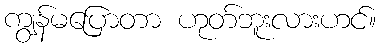
ကျွန်မပြောတာ ဟုတ်ဘူးလားဟင်။